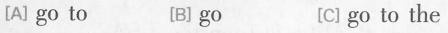
[A] go to [B] go [C] go to the